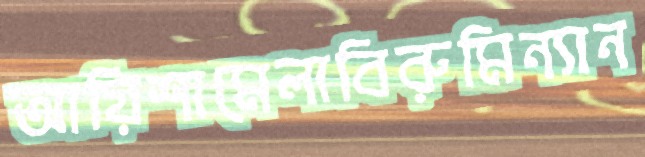
আয়িশামেলাবিরুমিন্যান